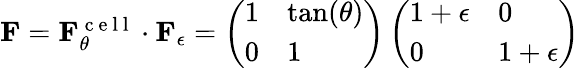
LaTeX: \begin{array}{r}{\mathbf{F}=\mathbf{F}_{\theta}^{\mathrm{~c~e~l~l~}}\cdot\mathbf{F}_{\epsilon}=\left(\begin{array}{ll}{1}&{\tan(\theta)}\\ {0}&{1}\end{array}\right)\left(\begin{array}{ll}{1+\epsilon}&{0}\\ {0}&{1+\epsilon}\end{array}\right)}\end{array}